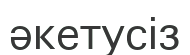
әкетусіз